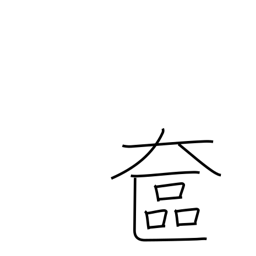
Meaning: lady's vanity case